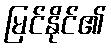
မြင်နိုင်၏